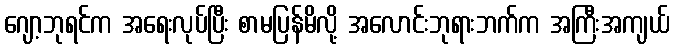
ဂျော့ဘုရင်က အရေးလုပ်ပြီး စာမပြန်မိလို့ အလောင်းဘုရားဘက်က အကြီးအကျယ်